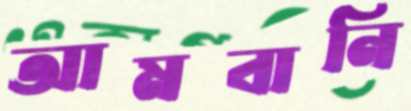
আমবানি